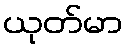
ယုတ်မာ